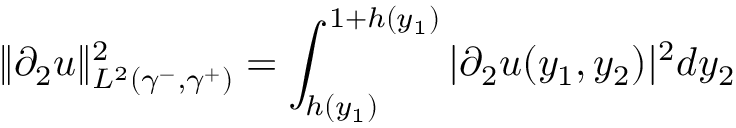
\| \partial _ { 2 } u \| _ { L ^ { 2 } ( \gamma ^ { - } , \gamma ^ { + } ) } ^ { 2 } = \int _ { h ( y _ { 1 } ) } ^ { 1 + h ( y _ { 1 } ) } | \partial _ { 2 } u ( y _ { 1 } , y _ { 2 } ) | ^ { 2 } d y _ { 2 }